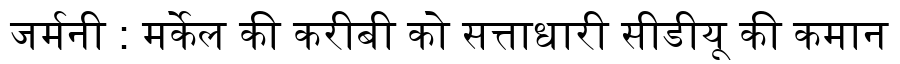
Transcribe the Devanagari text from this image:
जर्मनी : मर्केल की करीबी को सत्ताधारी सीडीयू की कमान